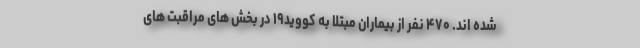
شده اند. ۴۷۰ نفر از بیماران مبتلا به کووید۱۹ در بخش های مراقبت های